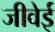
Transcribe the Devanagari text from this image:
जीवेई